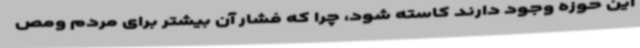
این حوزه وجود دارند کاسته شود، چرا که فشار آن بیشتر برای مردم ومص